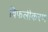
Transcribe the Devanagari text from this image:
विफलीकरण